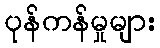
ပုန်ကန်မှုများ